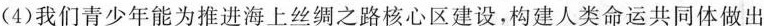
(4)我们青少年能为推进海上丝绸之路核心区建设，构建人类命运共同体做出